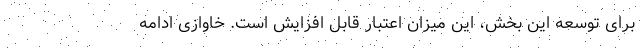
برای توسعه این بخش، این میزان اعتبار قابل افزایش است. خاوازی ادامه